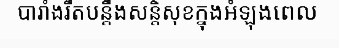
បារាំងរឹតបន្តឹងសន្តិសុខក្នុងអំឡុងពេល